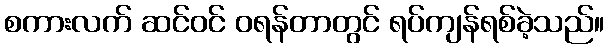
စကားလက် ဆင်ဝင် ဝရန်တာတွင် ရပ်ကျန်ရစ်ခဲ့သည်။